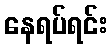
နေရပ်ရင်း